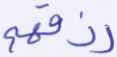
رزقهم